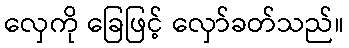
လှေကို ခြေဖြင့် လှော်ခတ်သည်။